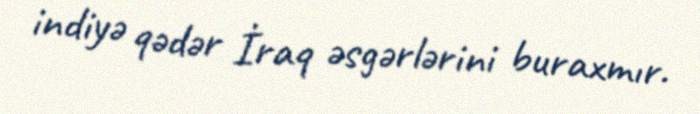
indiyə qədər İraq əsgərlərini buraxmır.